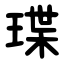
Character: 㻡